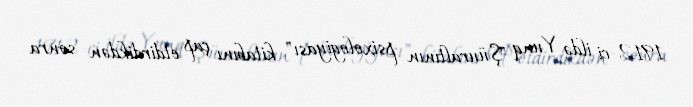
1912-ci ildə Yunq "Şüuraltının psixologiyası" kitabını çap etdirdikdən sonra